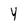
Character: Y